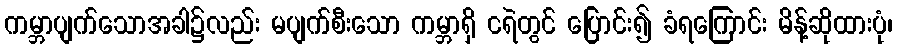
ကမ္ဘာပျက်သောအခါ၌လည်း မပျက်စီးသော ကမ္ဘာရှိ ငရဲတွင် ပြောင်း၍ ခံရကြောင်း မိန့်ဆိုထားပုံ၊